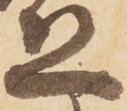
恐